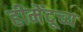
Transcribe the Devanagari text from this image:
हीमेंदूच्य